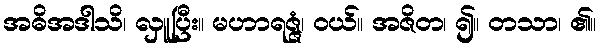
အဓိအဒါသိ၊ လှူပြီး။ မဟာရဇ္ဇံ၊ ဝယ်။ အဇိတ၊ ၍။ တသာ၊ ၏။